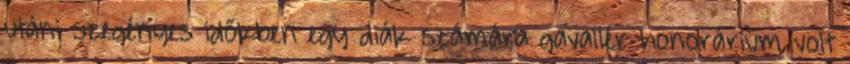
utáni szegényes időkben egy diák számára gavallér honorárium volt